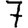
Digit: 7